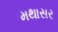
મથાસર